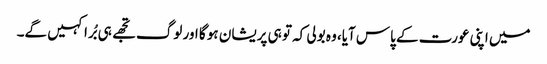
میں اپنی عورت کے پاس آیا، وہ بولی کہ تو ہی پریشان ہو گا اور لوگ تجھے ہی بُرا کہیں گے۔